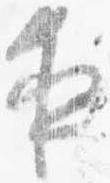
夜